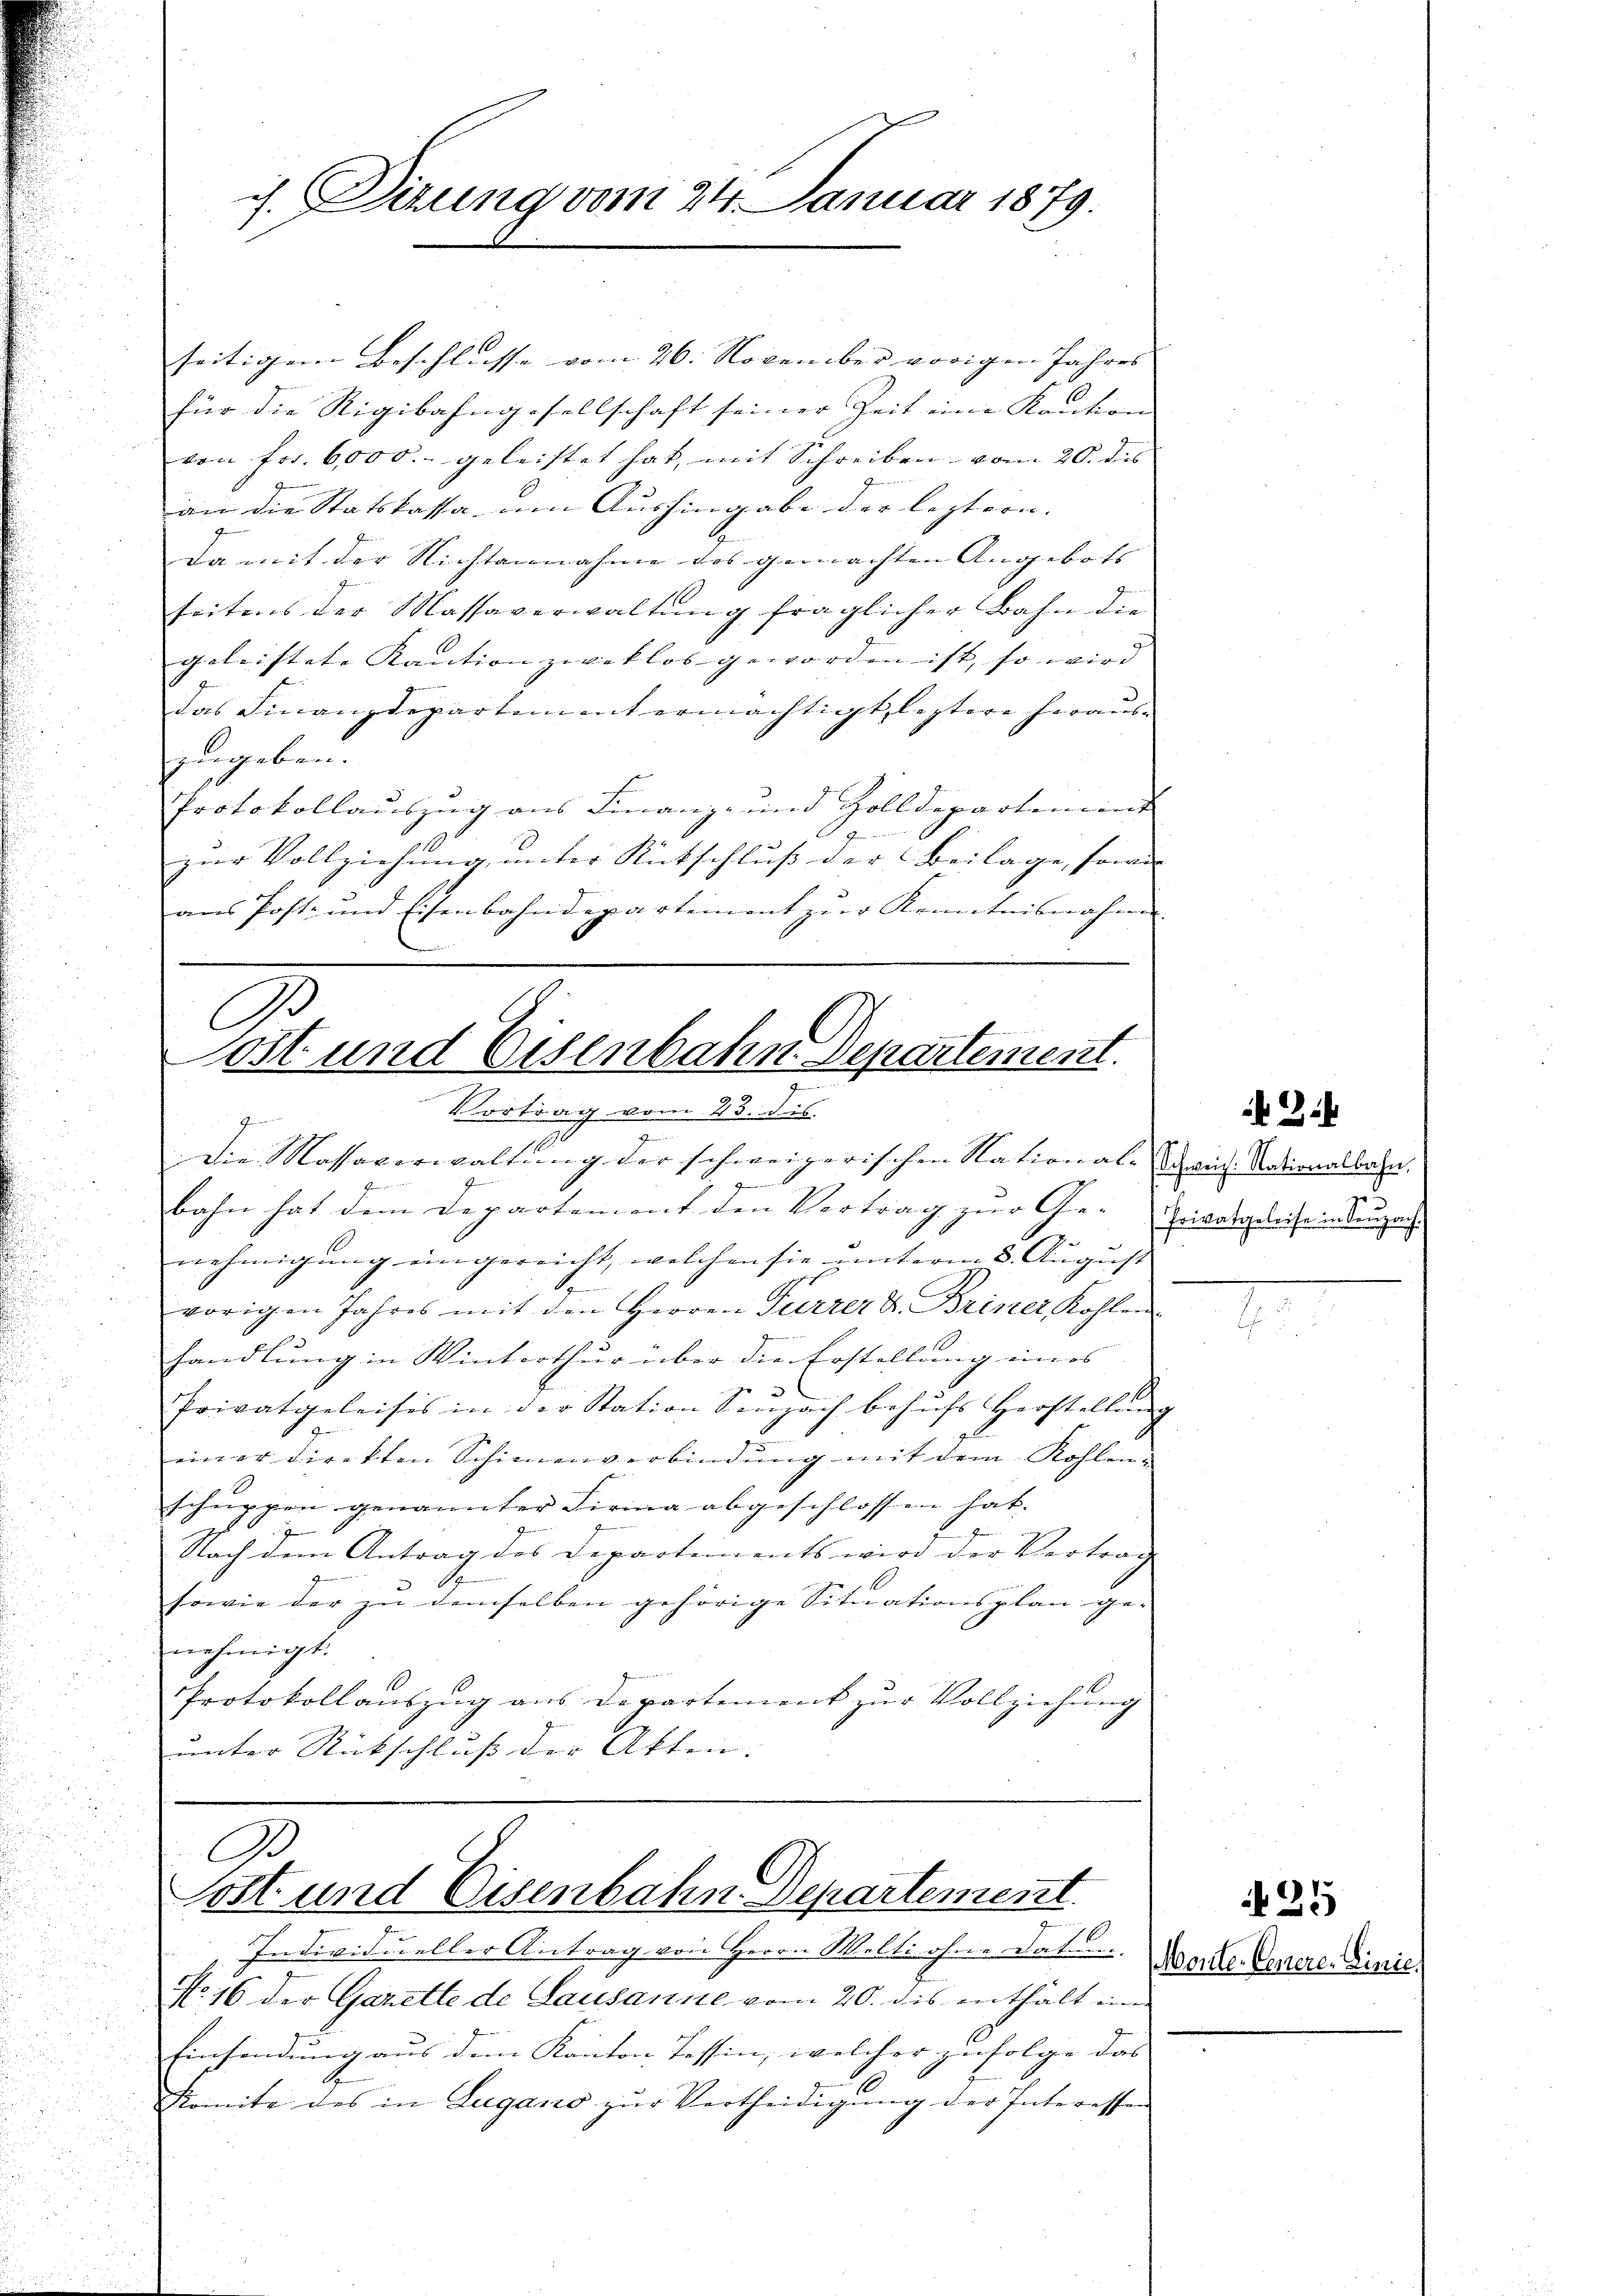
J. Dizung vom 24. Januar 1879.

seitigem Beschlusse vom 26. November vorigen Jahres
für die Rigibahngesellschaft seiner Zeit eine Kaution
von Fr. 6000.- geleistet hat, mit Schreiben vom 20. des
an die Statskassa um Aushingabe der leztern. |
.
da mit der Nichtannahme des gemachten Angebots |
seitens der Massaverwaltung fraglicher Bahn die
geleistete Kaution zweklos geworden ist, so wird
das Finanzdepartement ermächtigt, leztere hieraus-
zugeben.
Protokollauszug aus Finanz- und Zolldepartement
e
zur Vollziehung unter Rutschluß der Beilage, sowie |
aus Post- und Eisenbahndepartement zŭr Kenntnisnahme.

7
.
die Massaverwaltung der schweizerischen National-Zürich. Nationalben |
7
bahn hat dem Departement den Vertrag zur Ge-
nehmigung eingereicht, welchen sie unterm 8. August
vorigen Jahres mit den Herren Furrer L. Briner, Kohlen
handlung in Winterthur über die Erstellung eines
Privatgeleises in der Station Seuzach behŭfs Herstellŭng
a
einer Direkten Schimenverbindung mit dem Kohlen-
schuppen genannter Firma abgeschlossen hat.
Nach dem Antrag des Departements wird der Vertrag
t
sowie der zu demselben gehörige Situationsplan genehmigt.
Protokollauszug aus Departement zur Vollziehung
unter Rückschluß der Atten. |

D
Sost und Eisenbahn. Departement.
Vortrag vom 23. dis
7

A
ost und Eisenbahn-Departement.

Individueller Antrag von Herrn Welti ohne dat.
No. 16 der Gazette de Lausanne vom 20. des enthalt ein
Einsendung aus dem Kanton Tessin, welcher zufolge das
Komite des in Lugano zŭr Vertheidigŭng der Interessen

21

sowasgeleise in Seuzach.

Monte. Einere Linie,

35